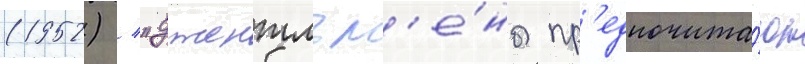
(1952) / "джентльм'е́ны пр'едпочита́ют